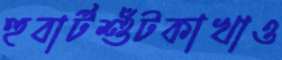
হুবার্টশুঁটকাখাও